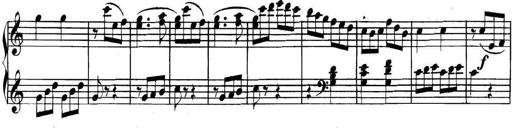
Title: Collected Piano Sonatas
Composer: Muzio Clementi